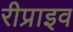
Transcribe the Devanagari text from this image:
रीप्राइव